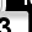
Digit: 3